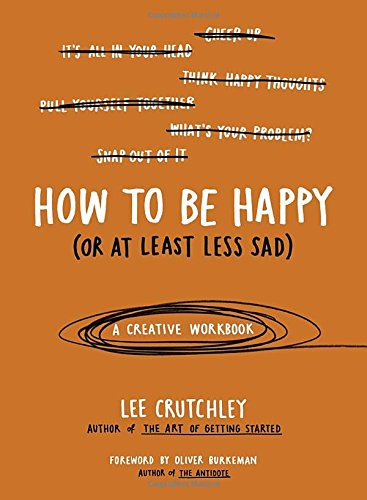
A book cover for How to Be Happy (Or at Least Less Sad): A Creative Workbook; Lee Crutchley; Self-Help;